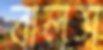
বালস